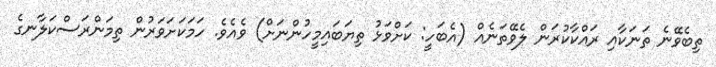
ތިބެވޭނެ ތަނަކާއި ރައްކާކުރަން ލެވޭތަނެއް (އެބަހީ: ކަށްވަޅު ތިޔަބައިމީހުންނަށް) ވެއެވެ. ހަމަކަށަވަރުން ތިމަންރަސްކަލާނގެ